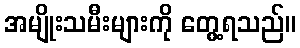
အမျိုးသမီးများကို တွေ့ရသည်။